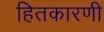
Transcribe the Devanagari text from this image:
हितकारणी